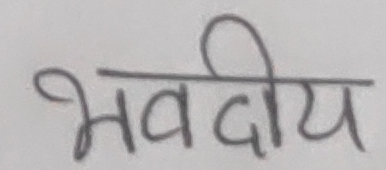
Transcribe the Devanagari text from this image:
भवदीय